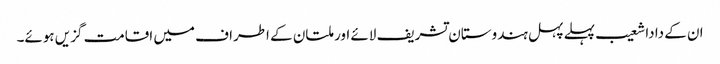
ان کے دادا شعیب پہلے پہل ہندوستان تشریف لائے اور ملتان کے اطراف میں اقامت گزیں ہوئے۔